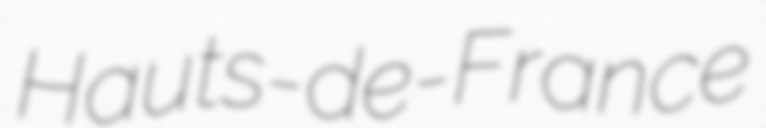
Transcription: Hauts-de-France